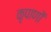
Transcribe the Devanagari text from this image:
कृपाणों